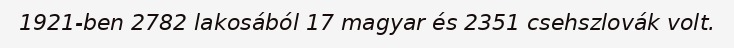
1921-ben 2782 lakosából 17 magyar és 2351 csehszlovák volt.